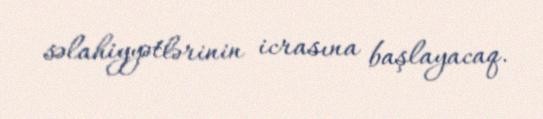
səlahiyyətlərinin icrasına başlayacaq.